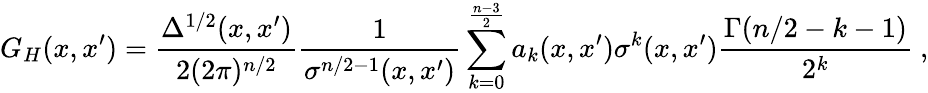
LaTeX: G_{H}(x,x^{\prime})=\frac{\Delta^{1/2}(x,x^{\prime})}{2(2\pi)^{n/2}}\frac 1{\sigma^{n/2-1}(x,x^{\prime})}\sum_{k=0}^{\frac{n-3}2}a_{k}(x,x^{\prime})\sigma^{k}(x,x^{\prime})\frac{\Gamma(n/2-k-1)}{2^{k}}\ ,